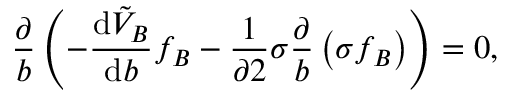
\frac { \partial } { b } \left( - \frac { \mathrm { d } \tilde { V } _ { B } } { \mathrm { d } b } f _ { B } - \frac { 1 } { \partial 2 } \sigma \frac { \partial } { b } \left( \sigma f _ { B } \right) \right) = 0 ,